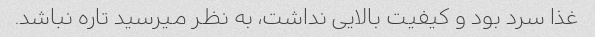
غذا سرد بود و کیفیت بالایی نداشت، به نظر میرسید تاره نباشد.